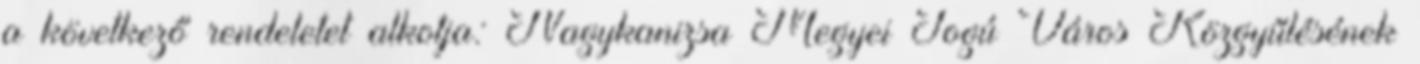
a következő rendeletet alkotja: Nagykanizsa Megyei Jogú Város Közgyűlésének